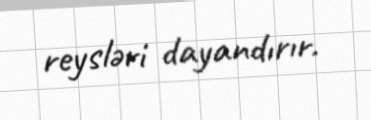
reysləri dayandırır.